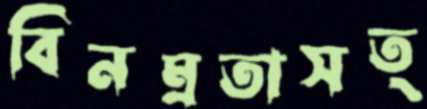
বিনম্রতাসত্